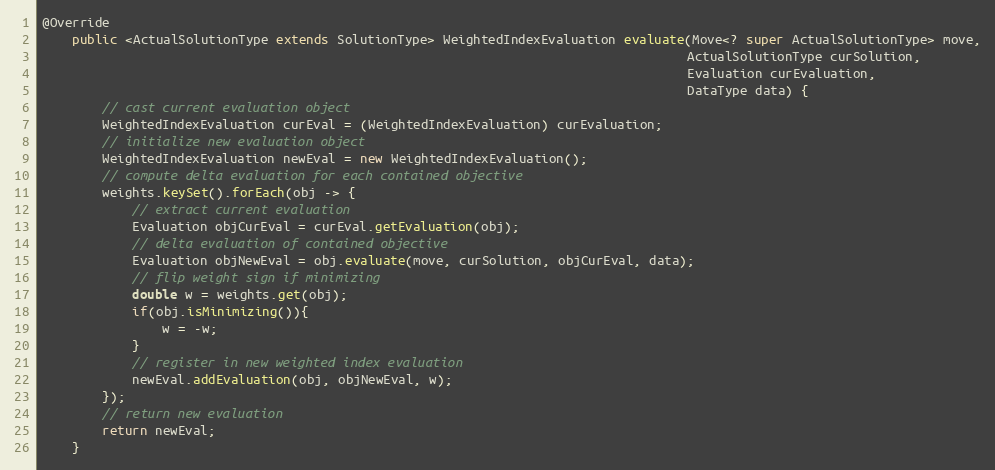
Language: Java
@Override
    public <ActualSolutionType extends SolutionType> WeightedIndexEvaluation evaluate(Move<? super ActualSolutionType> move,
                                                                                      ActualSolutionType curSolution,
                                                                                      Evaluation curEvaluation,
                                                                                      DataType data) {
        // cast current evaluation object
        WeightedIndexEvaluation curEval = (WeightedIndexEvaluation) curEvaluation;
        // initialize new evaluation object
        WeightedIndexEvaluation newEval = new WeightedIndexEvaluation();
        // compute delta evaluation for each contained objective
        weights.keySet().forEach(obj -> {
            // extract current evaluation
            Evaluation objCurEval = curEval.getEvaluation(obj);
            // delta evaluation of contained objective
            Evaluation objNewEval = obj.evaluate(move, curSolution, objCurEval, data);
            // flip weight sign if minimizing
            double w = weights.get(obj);
            if(obj.isMinimizing()){
                w = -w;
            }
            // register in new weighted index evaluation
            newEval.addEvaluation(obj, objNewEval, w);
        });
        // return new evaluation
        return newEval;
    }